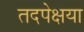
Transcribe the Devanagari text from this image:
तदपेक्षया